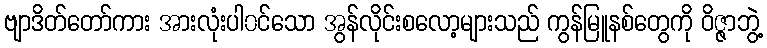
ဗျာဒိတ်တော်ကား အားလုံးပါ၀င်သော အွန်လိုင်းစလော့များသည် ကွန်မြူနစ်တွေကို ဝိဇ္ဇာဘွဲ့